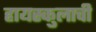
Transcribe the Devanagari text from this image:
हायस्कुलाची